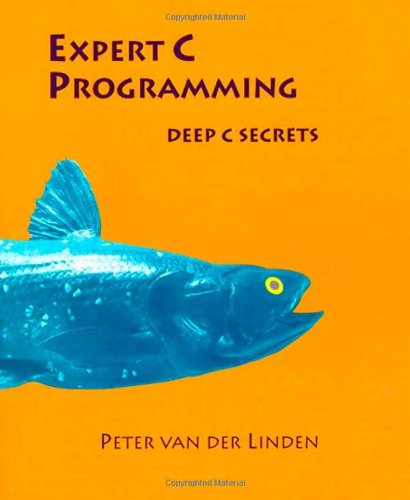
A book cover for Expert C Programming: Deep C Secrets; Peter van der Linden; Computers & Technology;